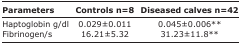
| Parameters | Controls n=8 | Diseased calves n=42 |
 | --- | --- | --- |
 | Haptoglobin g/dl | 0.029±0.011 | 0.045±0.006** |
 | Fibrinogen/s | 16.21±5.32 | 31.23±11.8** |